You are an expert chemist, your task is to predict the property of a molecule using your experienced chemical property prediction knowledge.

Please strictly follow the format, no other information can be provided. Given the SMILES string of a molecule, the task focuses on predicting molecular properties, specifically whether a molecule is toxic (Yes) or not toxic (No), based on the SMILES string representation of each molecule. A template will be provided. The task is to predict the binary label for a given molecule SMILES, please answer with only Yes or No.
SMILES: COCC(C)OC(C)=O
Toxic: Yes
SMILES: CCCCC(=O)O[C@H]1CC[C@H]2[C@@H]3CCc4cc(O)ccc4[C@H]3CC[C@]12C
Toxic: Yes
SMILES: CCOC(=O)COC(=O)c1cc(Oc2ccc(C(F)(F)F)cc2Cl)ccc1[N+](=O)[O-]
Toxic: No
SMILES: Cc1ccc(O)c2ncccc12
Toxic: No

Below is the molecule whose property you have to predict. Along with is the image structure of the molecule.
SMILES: Cc1c2ccccc2c(C)c2c1ccc1ccccc12
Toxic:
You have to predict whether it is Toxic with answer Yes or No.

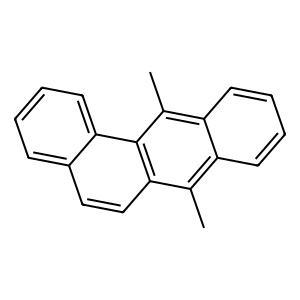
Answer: No